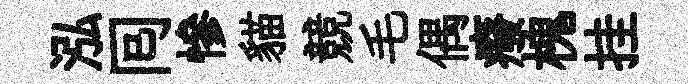
泓囘慘貓競毛偶癈槐挂